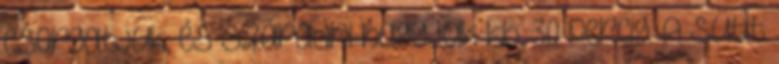
csorgatjuk, és száradni hagyjuk kb. 30 percig. A sütit